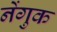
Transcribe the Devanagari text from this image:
नेंगुक